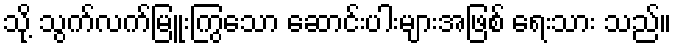
သို့ သွက်လက်မြူးကြွသော ဆောင်းပါးများအဖြစ် ရေးသား သည်။